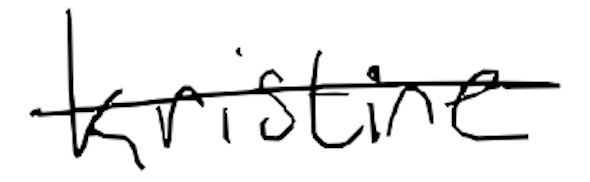
Text: Kristine
Cross-out: mix
Writing tool: digital_black